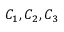
C _ { 1 } , C _ { 2 } , C _ { 3 }